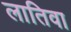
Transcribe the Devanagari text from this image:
लातिवा